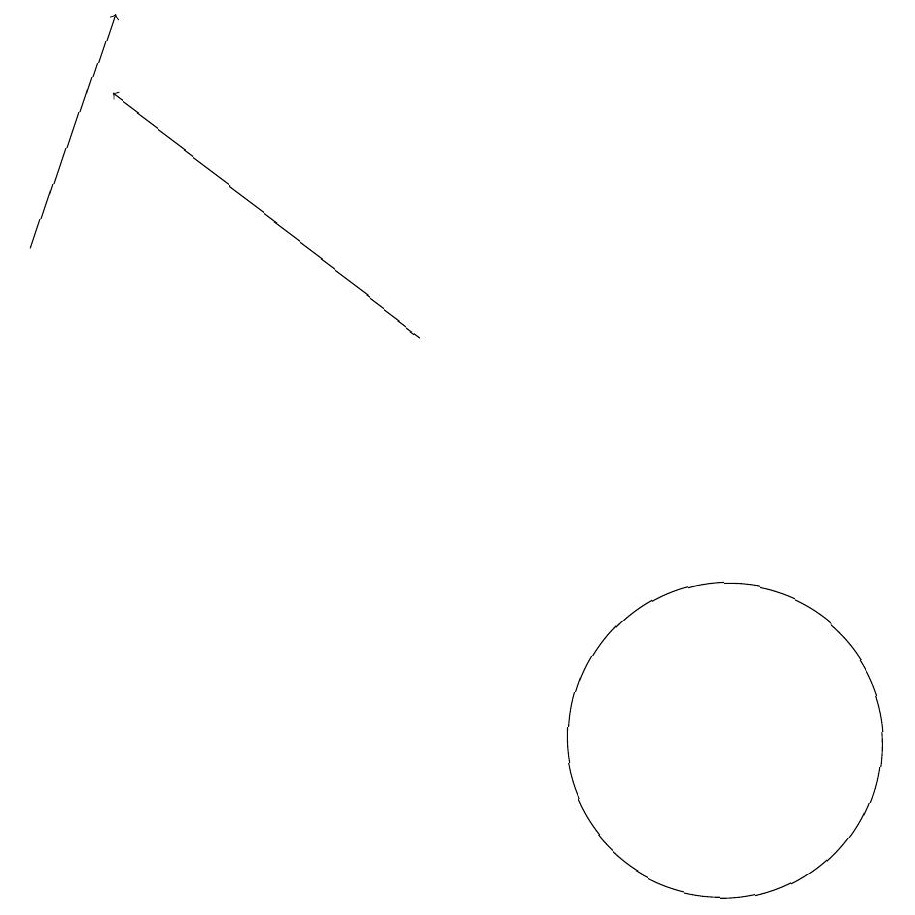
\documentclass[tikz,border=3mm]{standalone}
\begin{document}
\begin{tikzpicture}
\draw[->] (3,16) -- (4,19);
\draw (12,10) circle (2);
\draw[->] (8,15) -- (4,18);
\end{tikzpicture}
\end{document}